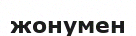
жонумен